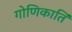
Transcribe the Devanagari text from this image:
गोणिकार्ति